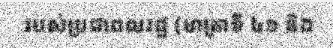
របស់ប្រជាពលរដ្ឋ (មាត្រាទី ៤១ និង